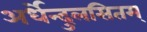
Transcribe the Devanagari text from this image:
अर्धेन्दुलसितम्